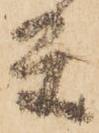
条